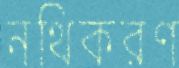
নথিকরণ